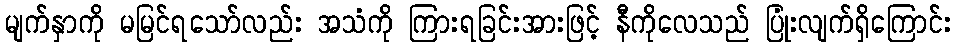
မျက်နှာကို မမြင်ရသော်လည်း အသံကို ကြားရခြင်းအားဖြင့် နီကိုလေသည် ပြုံးလျက်ရှိကြောင်း